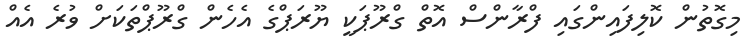
މިގޮތުން ކޮލިފައިންގައި ފްރާންސް އޮތް ގްރޫޕަކީ ޔޫރަޕްގެ އެހެން ގްރޫޕްތަކަށް ވުރެ އެއް